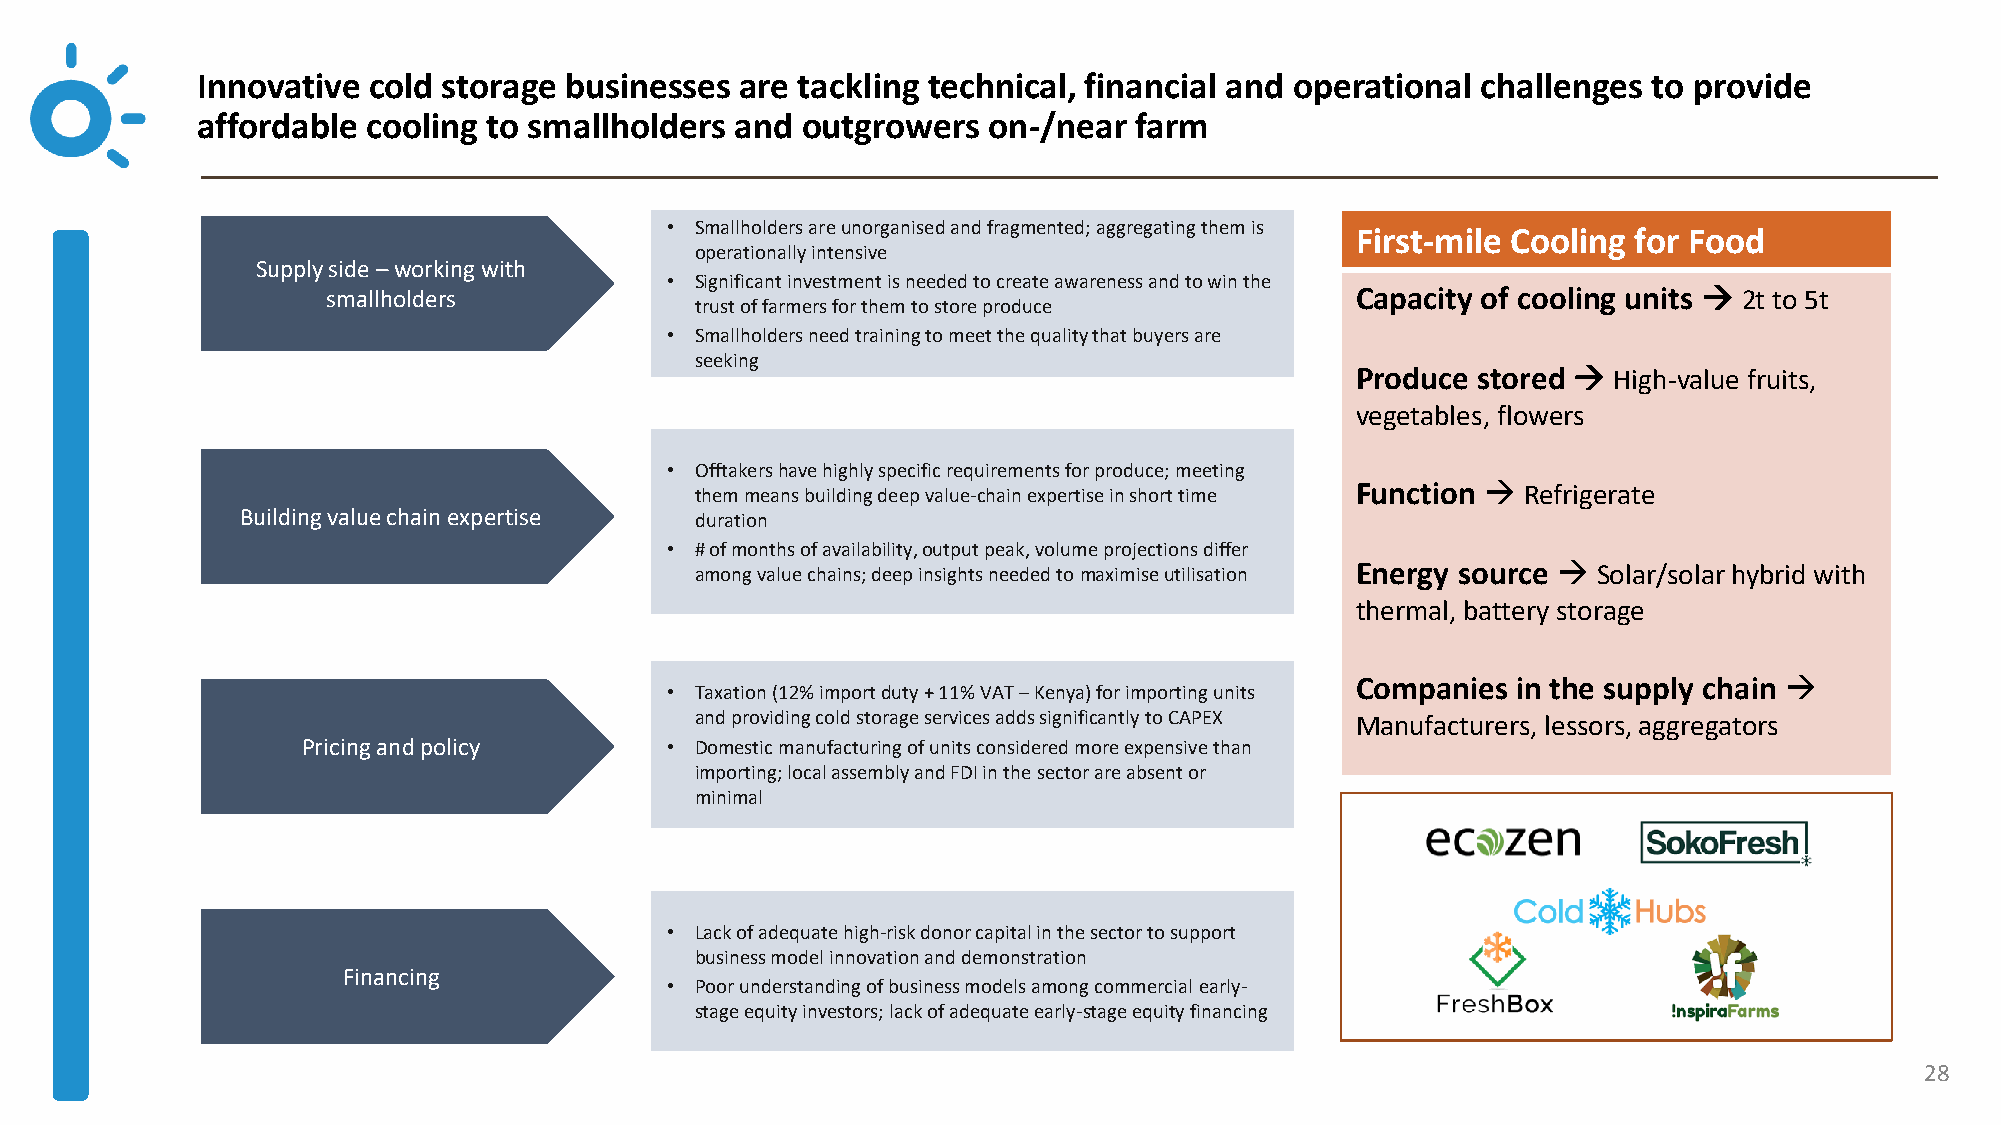
Innovative cold storage businesses  are tackling technical, financial and operational challenges to provide
 affordable cooling to smallholders  and outgrowers  on-/near  farm
 • Smallholders are unorganisedand fragmented; aggregating them is
 First-mile Cooling for Food
 operationally intensive
 Supply side –working with
 • Significant investment is needed to create awareness and to win the
 smallholders                                                        Capacity of cooling units → 2t to 5t
 trust of farmers for them to store produce
 • Smallholders need training to meet the quality that buyers are
 seeking
 Produce stored → High-value fruits,
 vegetables, flowers
 • Offtakershave highly specific requirements for produce; meeting
 them means building deep value-chain expertise in short time Function → Refrigerate
 Building value chain expertise duration
 • # of months of availability, output peak, volume projections differ
 among value chains; deep insights needed to maximiseutilisation Energy source → Solar/solar hybrid with
 thermal, battery storage
 Companies in the supply chain →
 • Taxation (12% import duty + 11% VAT –Kenya) for importing units
 and providing cold storage services adds significantly to CAPEX Manufacturers, lessors, aggregators
 Pricing and policy      • Domestic manufacturing of units considered more expensive than
 importing; local assembly and FDI in the sector are absent or
 minimal
 • Lack of adequate high-risk donor capital in the sector to support
 business model innovation and demonstration
 Financing
 • Poor understanding of business models among commercial early-
 stage equity investors; lack of adequate early-stage equity financing
 28